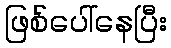
ဖြစ်ပေါ်နေပြီး